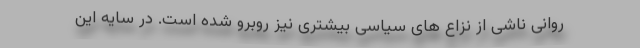
روانی ناشی از نزاع های سیاسی بیشتری نیز روبرو شده است. در سایه این